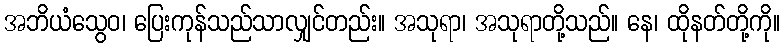
အဘိယံသွေဝ၊ ပြေးကုန်သည်သာလျှင်တည်း။ အသုရာ၊ အသုရာတို့သည်။ နေ၊ ထိုနတ်တို့ကို။